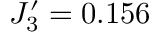
J _ { 3 } ^ { \prime } = 0 . 1 5 6